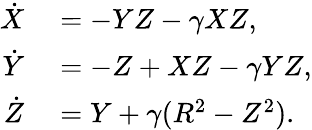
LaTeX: \begin{array}{rl}{\dot{X}}&{{}=-YZ-\gamma XZ,}\\ {\dot{Y}}&{{}=-Z+XZ-\gamma YZ,}\\ {\dot{Z}}&{{}=Y+\gamma(R^{2}-Z^{2}).}\end{array}